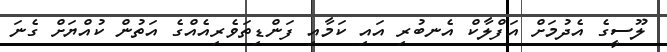
ލޫސީގެ އެދުމަށް އަފްލާކް އެނބުރި އައި ކަމާއި ފަންޑިތަވެރިއެއްގެ އަތުން ކުއްޔަށް ގެނަ